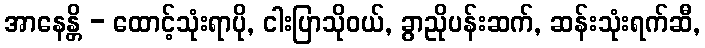
အာနေန္တိ - ထောင့်သုံးရာပို, ငါးပြာသိုဝယ်, ခွာညိုပန်းဆက်, ဆန်းသုံးရက်ဆီ,